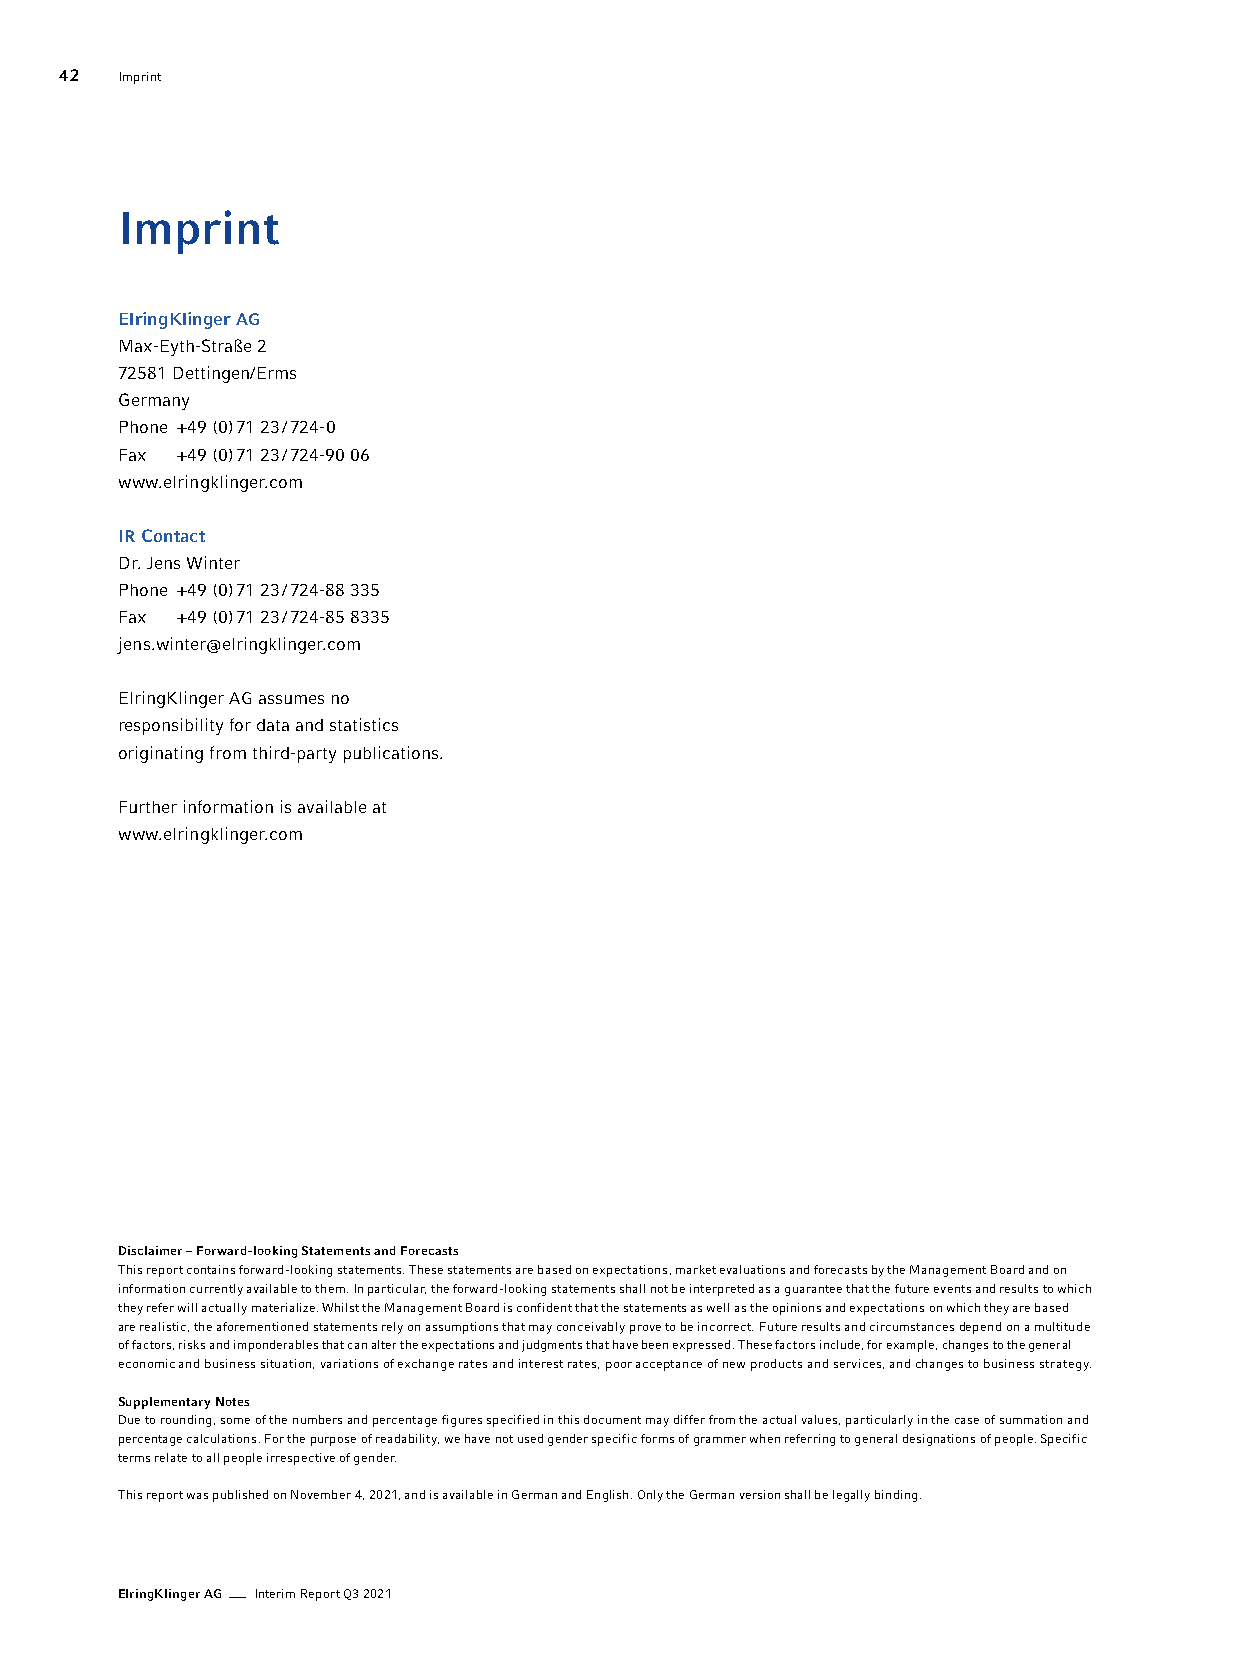
42  Imprint
 Imprint
 El ring Klin ger AG
 Max-Eyth-Straße 2
 72581 Dettingen/Erms
 Germany
 Phone +49 (0) 71 23 / 724-0
 Fax +49 (0) 71 23 / 724-90 06
 www. elringklinger.com
 IR Contact
 Dr. Jens Winter
 Phone +49 (0) 71 23 / 724-88 335
 Fax +49 (0) 71 23 / 724-85 8335
 jens.winter@elringklinger.com
 ElringKlinger AG assumes no
 responsibility for data and statistics
 originating from third-party publications.
 Further information is available at
 www. elringklinger.com
 Disclaimer – Forward-looking Statements and Forecasts
 This report contains forward-looking statements. These statements are based on expectations, market evaluations and forecasts by the Management Board and on
 information currently available to them. In particular, the forward-looking statements shall not be interpreted as a guarantee that the future events and results to which
 they refer will actually materialize. Whilst the Management Board is confident that the statements as well as the opinions and expectations on which they are based
 are realistic, the aforementioned statements rely on assumptions that may conceivably prove to be incorrect. Future results and circumstances d epend on a multitude
 of factors, risks and imponderables that can alter the expectations and judgments that have been expressed. These factors include, for example, changes to the general
 economic and business situation, variations of exchange rates and interest rates, poor acceptance of new products and services, and changes to business strategy.
 Supplementary Notes
 Due to rounding, some of the numbers and percentage figures specified in this document may differ from the actual values, particularly in the case of summation and
 percentage calculations. For the purpose of readability, we have not used gender specific forms of grammer when referring to general designations of people. Specific
 terms relate to all people irrespective of gender.
 This report was published on November 4, 2021, and is available in German and English. Only the German version shall be legally binding.
 ElringKlinger AG Interim Report Q3 2021